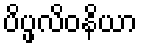
ပိပ္ဖလိဝနိယာ